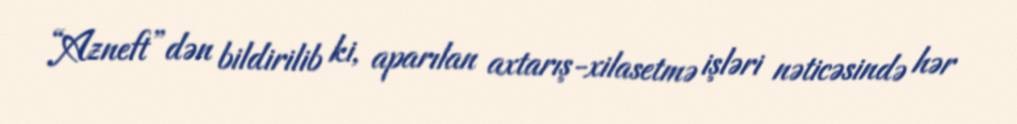
“Azneft”dən bildirilib ki, aparılan axtarış-xilasetmə işləri nəticəsində hər